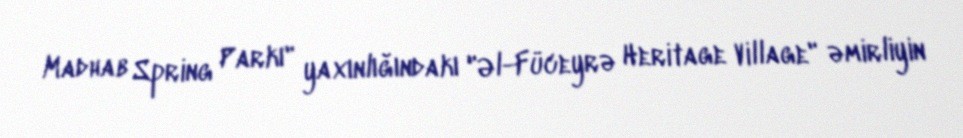
Madhab Spring Parkı" yaxınlığındakı "Əl-Füceyrə Heritage Village" əmirliyin